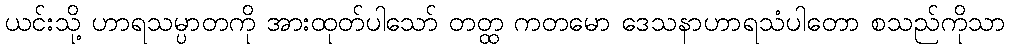
ယင်းသို့ ဟာရသမ္ပာတကို အားထုတ်ပါသော် တတ္ထ ကတမော ဒေသနာဟာရသံပါတော စသည်ကိုသာ